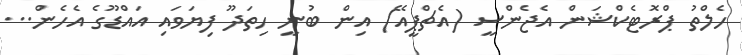
ހެލްތު ޕްރޮޓެކްޝަން އެޖެންސީ (އެޗްޕީއޭ) އިން ބުނީ ހިތަދޫ ފިޔަވައި އައްޑޫގެ އެހެން...